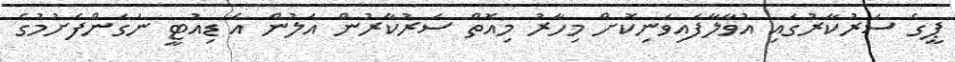
ޕީގެ ސަރުކާރުގައި އުވާލާފައިވަނިކޮށް މިހާރު މިއޮތް ސަރުކާރުން އަލުން އެ ޑިއުޓީ ނަގަންފެށުމުގެ